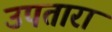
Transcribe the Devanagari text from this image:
उपतारा